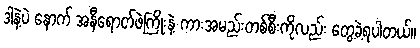
ဒါနဲ့ပဲ နောက် အနီရောငာ်ဖဲကြိုးနဲ့ ကားအမည်းတစ်စီးကိုလည်း တွေ့ခဲ့ရပါတယ်။